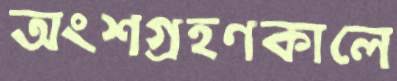
অংশগ্রহণকালে